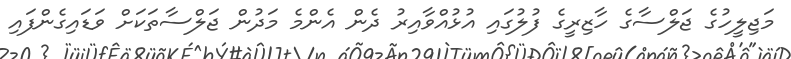
މަޖިލީހުގެ ޖަލްސާގެ ހާޒިރީގެ ފުލުގައި އުޅުއްވާއިރު ދެން އެންމެ މަދުން ޖަލްސާތަކަށް ވަޑައިގެންފައި